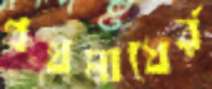
প্রথমাধের্র